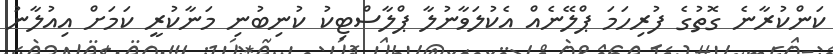
ކަންކުރާނެ ގޮތުގެ ފުރިހަމަ ޕްލޭނެއް އެކުލަވާނުލާ ޕްލާސްޓިކު ކުނިބުނި މަނާކުރީ ކަމަށް އިއުލާނު